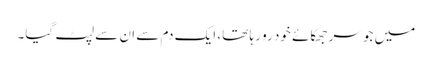
میں جو سر جھکائے خود رو رہا تھا، ایک دم سے ان سے لپٹ گیا۔